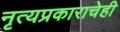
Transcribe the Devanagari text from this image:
नृत्यप्रकाराचेही